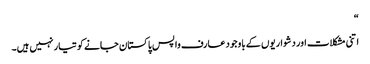
“
اتنی مشکلات اور دشواریوں کے باوجود عارف واپس پاکستان جانے کو تیار نہیں ہیں۔